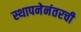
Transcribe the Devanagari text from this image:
स्थापनेनंतरची